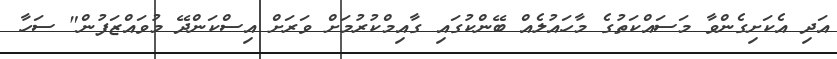
އަދި އެކަށިގެންވާ މަސައްކަތުގެ މާހައުލެއް ބޭންކުގައި ގާއިމްކުރުމަށް ވަރަށް އިސްކަންދޭ މުވައްޒަފުން" ސަހާ